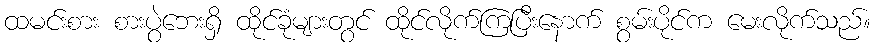
ထမင်းစား စားပွဲဘေးရှိ ထိုင်ခုံများတွင် ထိုင်လိုက်ကြပြီးနောက် စွမ်းပိုင်က မေးလိုက်သည်။